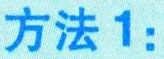
方法 1：